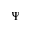
\Psi